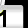
Digit: 1